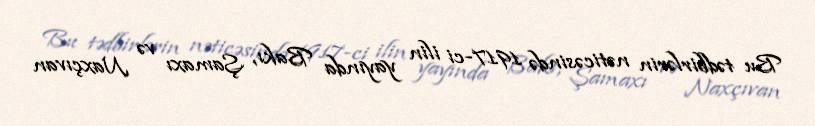
Bu tədbirlərin nəticəsində 1917-ci ilin yayında Bakı, Şamaxı və Naxçıvan